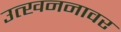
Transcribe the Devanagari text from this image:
उत्खननावर